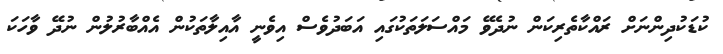
ކުޑަކުދިންނަށް ރައްކާތެރިކަން ނުދެވޭ މައްސަލަތަކުގައި އަބަދުވެސް އިވެނީ އާއިލާތަކުން އެއްބާރުލުން ނުދޭ ވާހަކަ